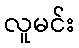
လူမင်း